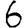
Digit: 6